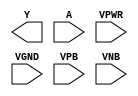
module sky130_fd_sc_lp__clkinvlp (
    Y   ,
    A   ,
    VPWR,
    VGND,
    VPB ,
    VNB
);

    output Y   ;
    input  A   ;
    input  VPWR;
    input  VGND;
    input  VPB ;
    input  VNB ;
endmodule